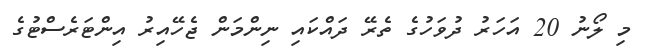
މި ލޯނު 20 އަހަރު ދުވަހުގެ ތެރޭ ދައްކައި ނިންމަން ޖެހޭއިރު އިންޓަރެސްޓުގެ